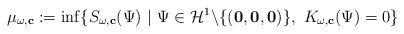
LaTeX: \begin{align*}\mu_{\omega ,\mathbf{c}}:=\inf \{S_{\omega,\mathbf{c}}(\Psi)\ |\ \Psi \in \mathcal{H}^1\backslash \{(\mathbf{0},\mathbf{0},\mathbf{0})\},\ K_{\omega ,\mathbf{c}}(\Psi )=0\}\end{align*}